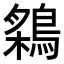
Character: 𬷠